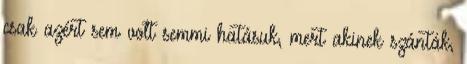
csak azért sem volt semmi hatásuk, mert akinek szánták,